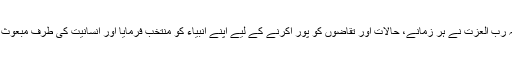
گویا اللہ رب العزت نے ہر زمانے، حالات اور تقاضوں کو پور اکرنے کے لیے اپنے انبیاء کو منتخب فرمایا اور انسانیت کی طرف مبعوث فرمایا۔